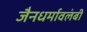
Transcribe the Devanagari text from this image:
जैनधर्मावलंबी